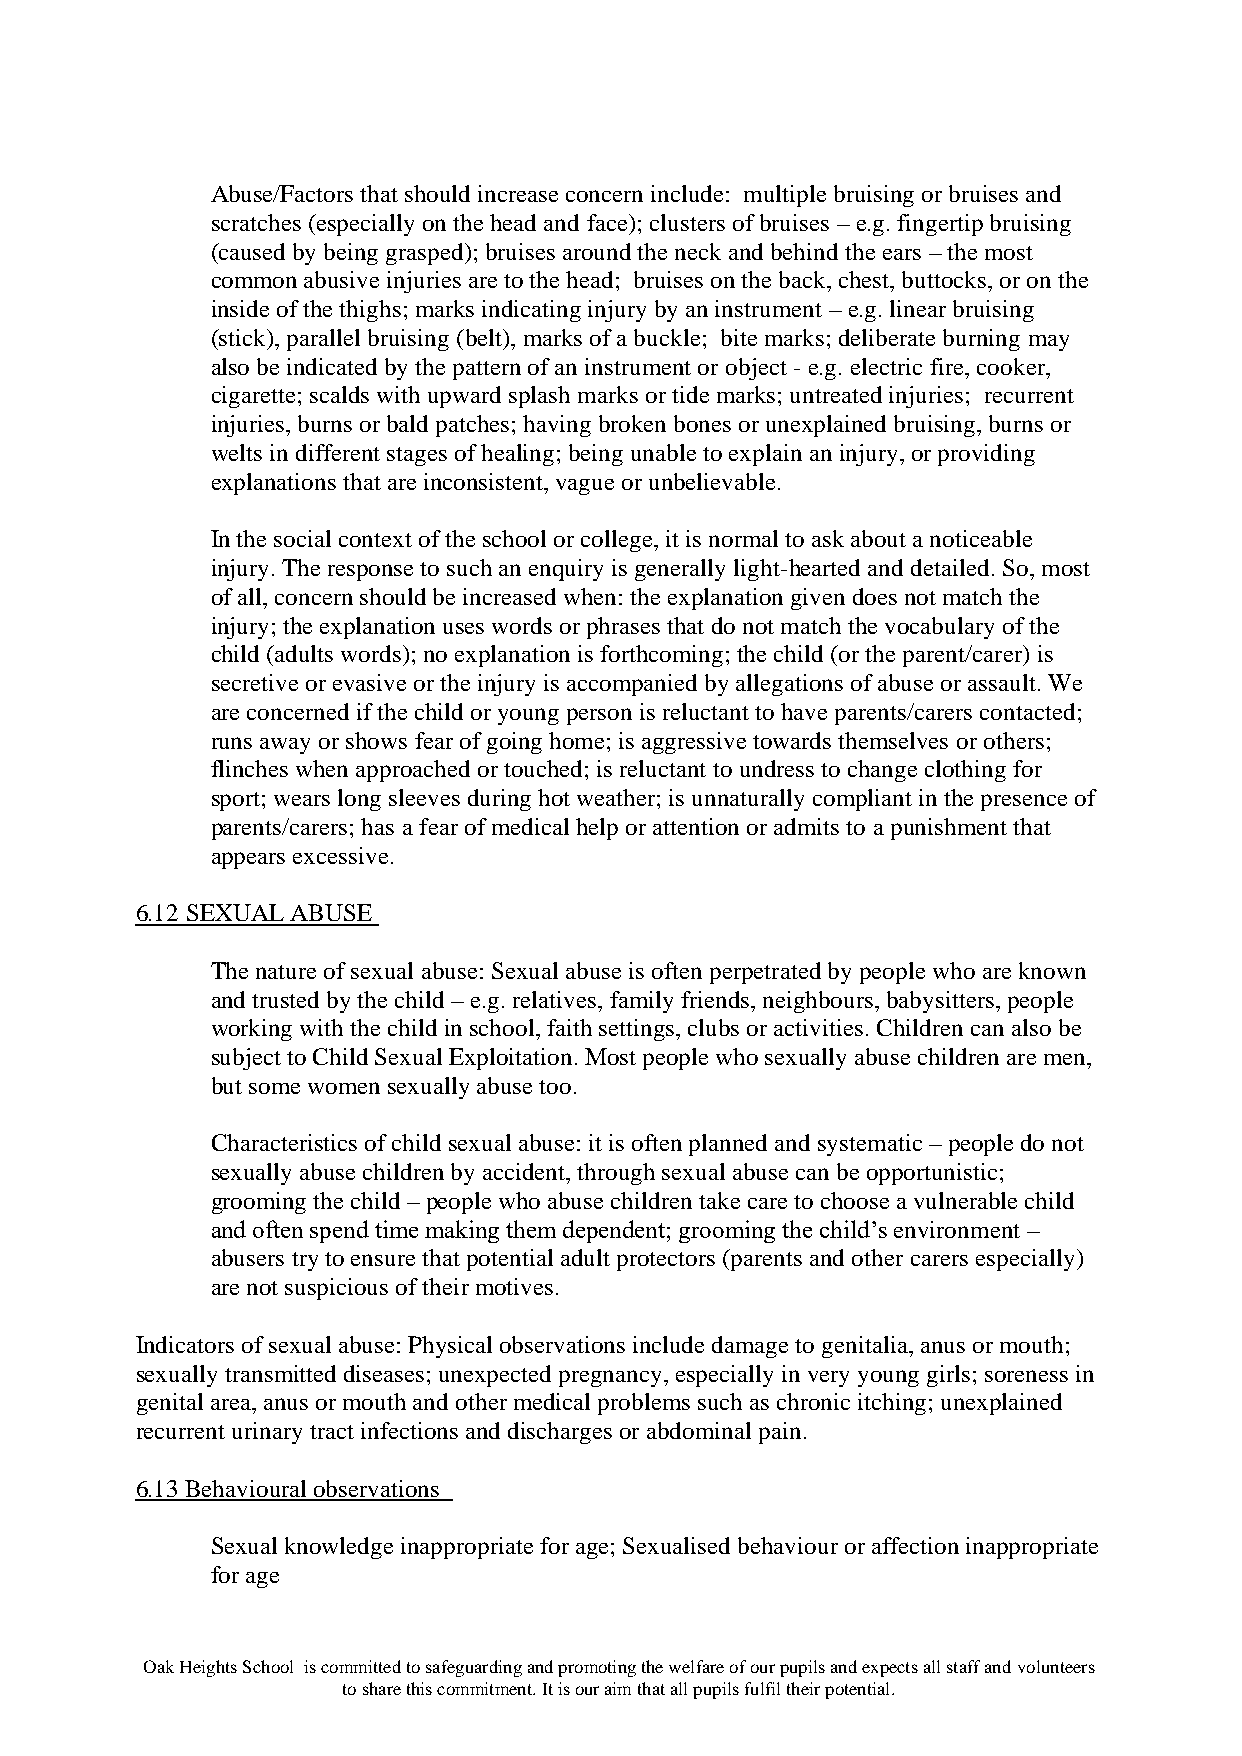
Abuse/Factors that should increase concern include: multiple bruising or bruises and
 scratches (especially on the head and face); clusters of bruises – e.g. fingertip bruising
 (caused by being grasped); bruises around the neck and behind the ears – the most
 common abusive injuries are to the head; bruises on the back, chest, buttocks, or on the
 inside of the thighs; marks indicating injury by an instrument – e.g. linear bruising
 (stick), parallel bruising (belt), marks of a buckle; bite marks; deliberate burning may
 also be indicated by the pattern of an instrument or object - e.g. electric fire, cooker,
 cigarette; scalds with upward splash marks or tide marks; untreated injuries; recurrent
 injuries, burns or bald patches; having broken bones or unexplained bruising, burns or
 welts in different stages of healing; being unable to explain an injury, or providing
 explanations that are inconsistent, vague or unbelievable.
 In the social context of the school or college, it is normal to ask about a noticeable
 injury. The response to such an enquiry is generally light-hearted and detailed. So, most
 of all, concern should be increased when: the explanation given does not match the
 injury; the explanation uses words or phrases that do not match the vocabulary of the
 child (adults words); no explanation is forthcoming; the child (or the parent/carer) is
 secretive or evasive or the injury is accompanied by allegations of abuse or assault. We
 are concerned if the child or young person is reluctant to have parents/carers contacted;
 runs away or shows fear of going home; is aggressive towards themselves or others;
 flinches when approached or touched; is reluctant to undress to change clothing for
 sport; wears long sleeves during hot weather; is unnaturally compliant in the presence of
 parents/carers; has a fear of medical help or attention or admits to a punishment that
 appears excessive.
 6.12 SEXUAL ABUSE
 The nature of sexual abuse: Sexual abuse is often perpetrated by people who are known
 and trusted by the child – e.g. relatives, family friends, neighbours, babysitters, people
 working with the child in school, faith settings, clubs or activities. Children can also be
 subject to Child Sexual Exploitation. Most people who sexually abuse children are men,
 but some women sexually abuse too.
 Characteristics of child sexual abuse: it is often planned and systematic – people do not
 sexually abuse children by accident, through sexual abuse can be opportunistic;
 grooming the child – people who abuse children take care to choose a vulnerable child
 and often spend time making them dependent; grooming the child’s environment –
 abusers try to ensure that potential adult protectors (parents and other carers especially)
 are not suspicious of their motives.
 Indicators of sexual abuse: Physical observations include damage to genitalia, anus or mouth;
 sexually transmitted diseases; unexpected pregnancy, especially in very young girls; soreness in
 genital area, anus or mouth and other medical problems such as chronic itching; unexplained
 recurrent urinary tract infections and discharges or abdominal pain.
 6.13 Behavioural observations
 Sexual knowledge inappropriate for age; Sexualised behaviour or affection inappropriate
 for age
 Oak Heights School is committed to safeguarding and promoting the welfare of our pupils and expects all staff and volunteers
 to share this commitment. It is our aim that all pupils fulfil their potential.